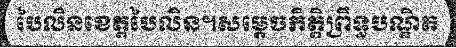
បៃលិនខេត្តបៃលិន។សម្តេចកិត្តិព្រឹទ្ធបណ្ឌិត